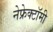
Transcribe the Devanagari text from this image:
नेफ्रेक्टॉमी